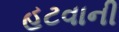
હટવાની